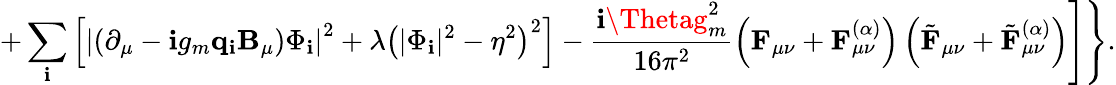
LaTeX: +\sum_{\mathbf{i}}^{}\left[\left|\left(\partial_{\mu}-\mathbf{i}g_{m}{\mathbf{q}}_{\mathbf{i}}{\mathbf{B}}_{\mu}\right)\Phi_{\mathbf{i}}\right|^{2}+\lambda\left(|\Phi_{\mathbf{i}}|^{2}-\eta^{2}\right)^{2}\right]-\frac{{\mathbf{i}\Thetag_{m}^{2}}}{{16\pi^{2}}}\left({\mathbf{F}}_{\mu\nu}+{\mathbf{F}}_{\mu\nu}^{(\alpha)}\right)\left(\tilde{{\mathbf{F}}}_{\mu\nu}+\tilde{{\mathbf{F}}}_{\mu\nu}^{(\alpha)}\right)\Biggr]\Biggr\} .